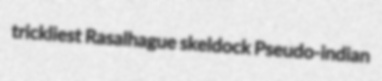
trickliest Rasalhague skeldock Pseudo-indian